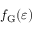
f _ { \mathrm { G } } ( \varepsilon )